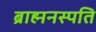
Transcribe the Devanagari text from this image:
ब्राह्मनस्पति